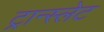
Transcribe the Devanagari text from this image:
ट्रान्स्लेट